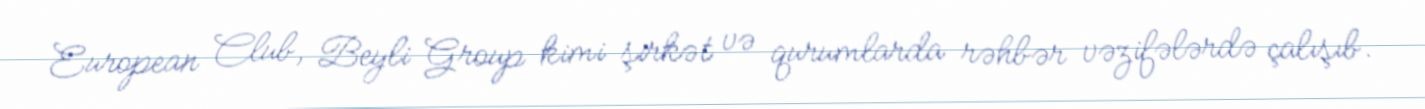
European Club, Beyli Group kimi şirkət və qurumlarda rəhbər vəzifələrdə çalışıb.